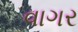
વાગર